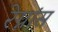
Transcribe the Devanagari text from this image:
रेग्नांस